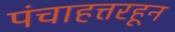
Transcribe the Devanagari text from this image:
पंचाहत्तरहून